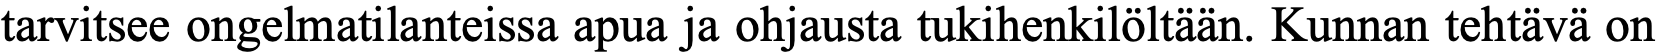
tarvitsee ongelmatilanteissa apua ja ohjausta tukihenkilöltään. Kunnan tehtävä on